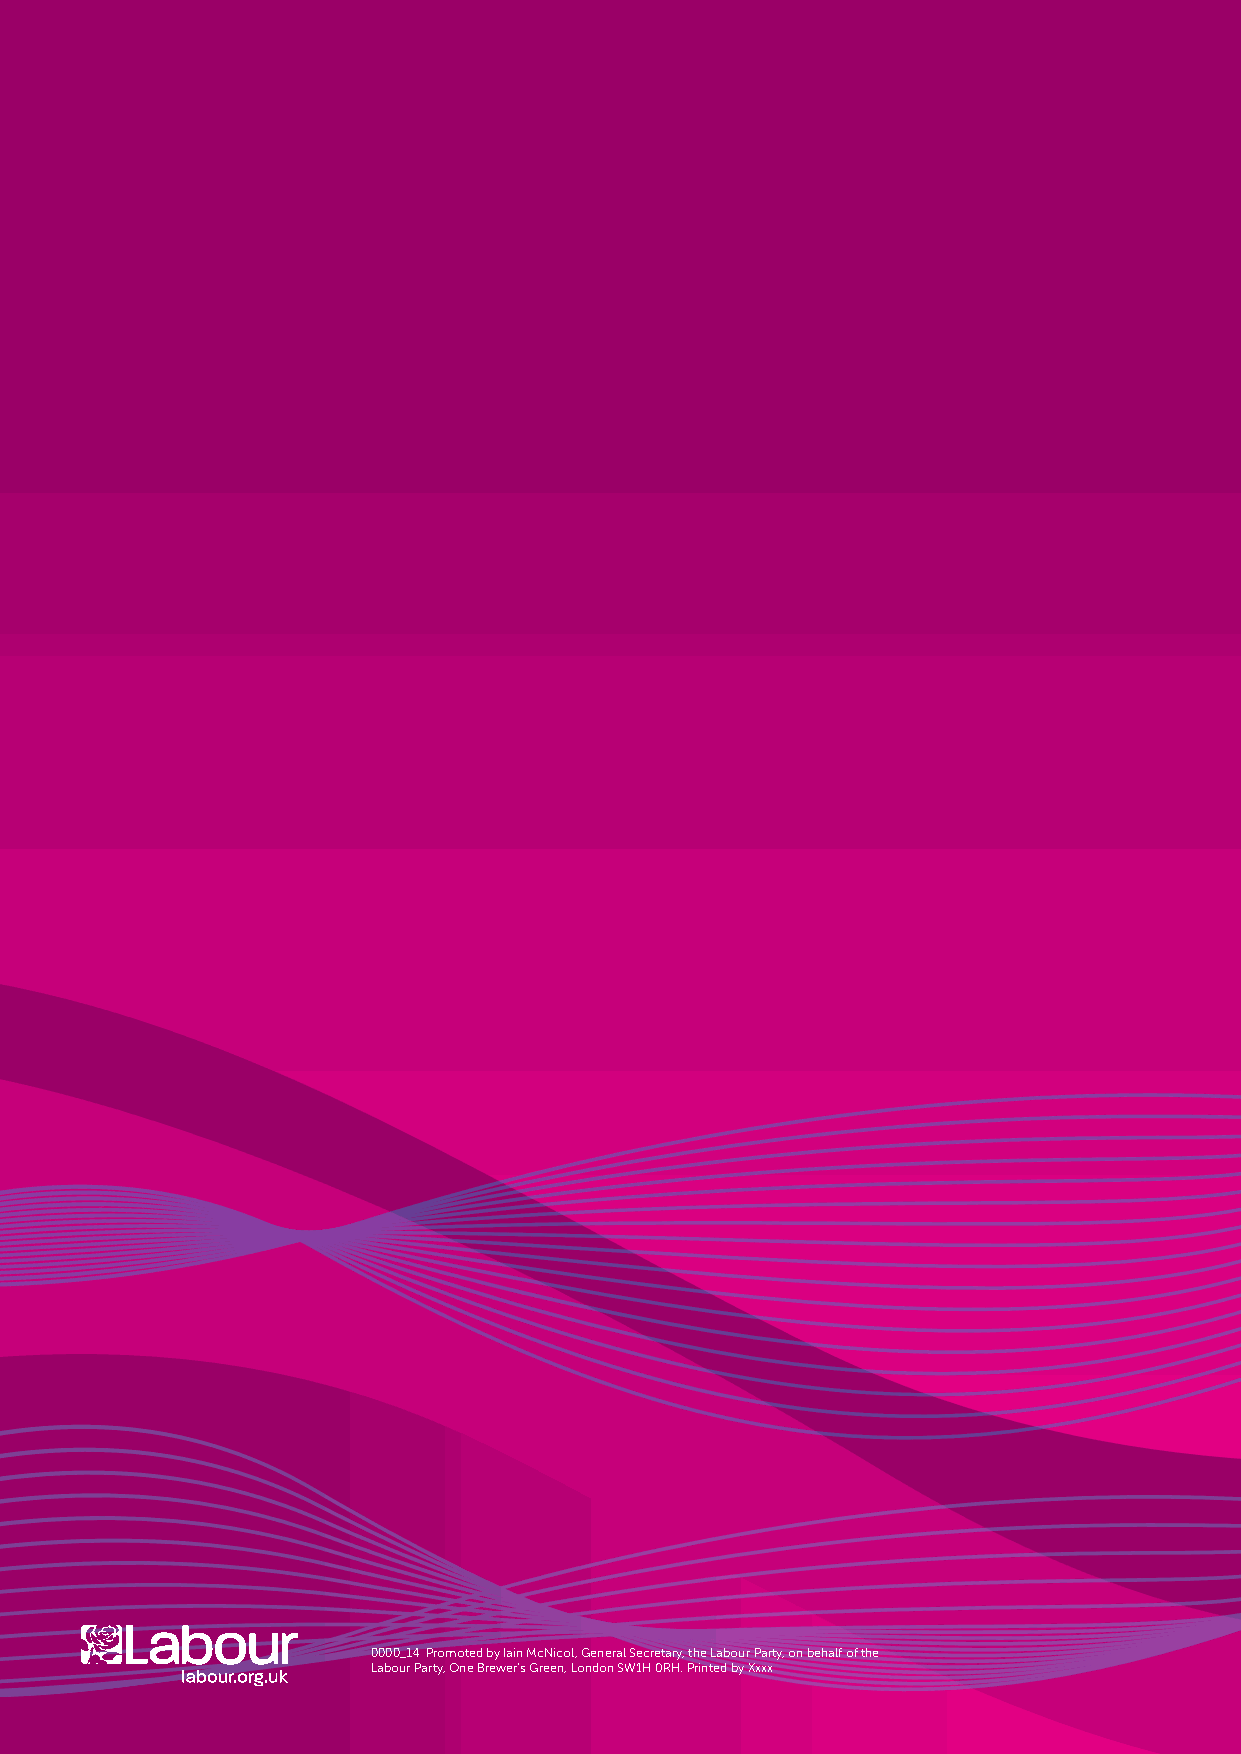
0000_14 Promoted by Iain McNicol, General Secretary, the Labour Party, on behalf of the
 Labour Party, One Brewer’s Green, London SW1H 0RH. Printed by Xxxx